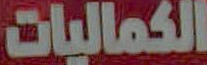
الكماليات